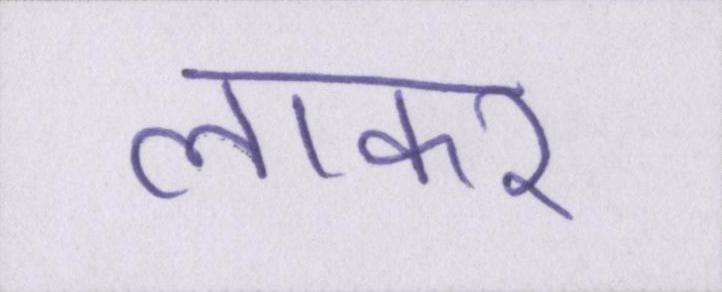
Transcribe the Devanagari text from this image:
लाकर